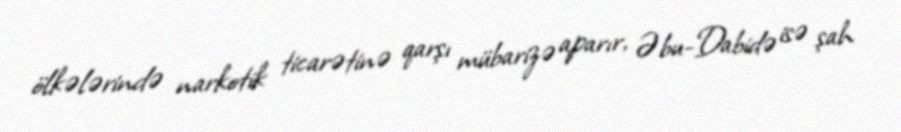
ölkələrində narkotik ticarətinə qarşı mübarizə aparır, Əbu-Dabidə isə şah